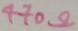
Text: 470Ω